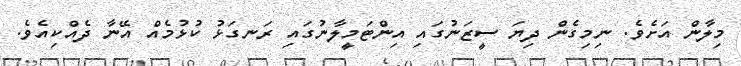
މިލާން އަށެވެ. ނިމިގެން ދިޔަ ސީޒަނުގައި އިންޓަމީލާނުގައި ރަނގަޅު ކުޅުމެއް އޭނާ ދެއްކިއެވެ.